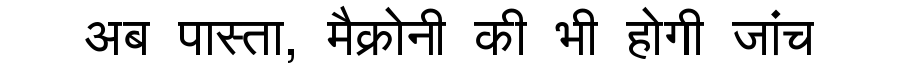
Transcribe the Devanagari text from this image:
अब पास्ता, मैक्रोनी की भी होगी जांच